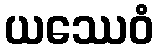
ယဿေဝံ